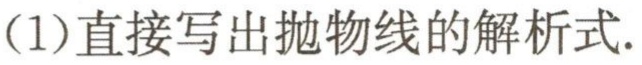
(1)直接写出抛物线的解析式.